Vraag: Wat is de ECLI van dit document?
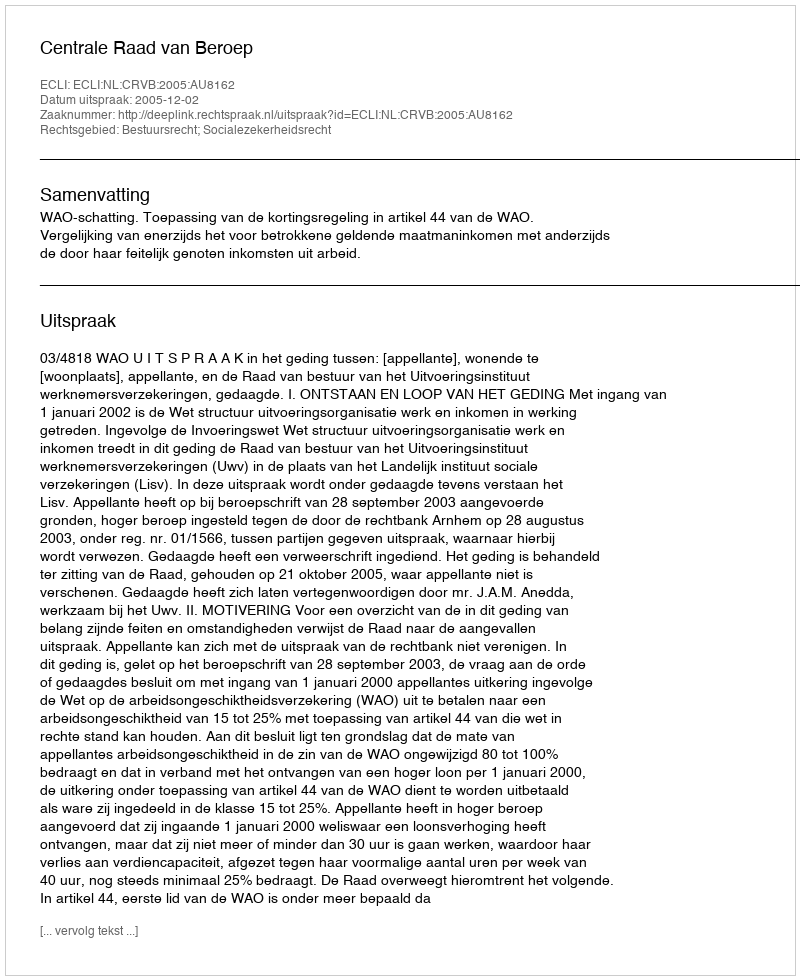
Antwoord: ECLI:NL:CRVB:2005:AU8162